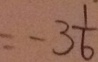
= - 3 \frac { 1 } { 6 }